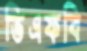
ভিএফবি